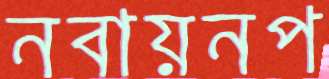
নবায়নপ